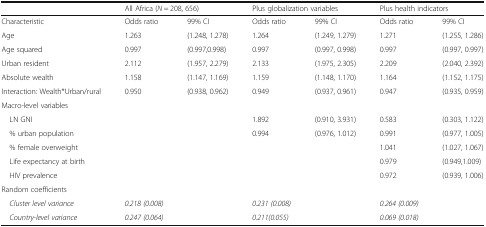
|  | <COLSPAN=2> All Africa (N = 208, 656) | <COLSPAN=2> Plus globalization variables | <COLSPAN=2> Plus health indicators |
 | --- | --- | --- | --- | --- | --- | --- |
 | Characteristic | Odds ratio | 99% CI | Odds ratio | 99% CI | Odds ratio | 99% CI |
 | Age | 1.263 | (1.248, 1.278) | 1.264 | (1.249, 1.279) | 1.271 | (1.255, 1.286) |
 | Age squared | 0.997 | (0.997,0.998) | 0.997 | (0.997, 0.998) | 0.997 | (0.997, 0.997) |
 | Urban resident | 2.112 | (1.957, 2.279) | 2.133 | (1.975, 2.305) | 2.209 | (2.040, 2.392) |
 | Absolute wealth | 1.158 | (1.147, 1.169) | 1.159 | (1.148, 1.170) | 1.164 | (1.152, 1.175) |
 | Interaction: Wealth*Urban/rural | 0.950 | (0.938, 0.962) | 0.949 | (0.937, 0.961) | 0.947 | (0.935, 0.959) |
 | <COLSPAN=7> Macro-level variables |
 | LN GNI |  |  | 1.892 | (0.910, 3.931) | 0.583 | (0.303, 1.122) |
 | % urban population |  |  | 0.994 | (0.976, 1.012) | 0.991 | (0.977, 1.005) |
 | % female overweight |  |  |  |  | 1.041 | (1.027, 1.067) |
 | Life expectancy at birth |  |  |  |  | 0.979 | (0.949,1.009) |
 | HIV prevalence |  |  |  |  | 0.972 | (0.939, 1.006) |
 | <COLSPAN=7> Random coefficients |
 | Cluster level variance | 0.218 (0.008) |  | 0.231 (0.008) |  | 0.264 (0.009) |  |
 | Country-level variance | 0.247 (0.064) |  | 0.211(0.055) |  | 0.069 (0.018) |  |